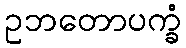
ဥဘတောပက္ခံ